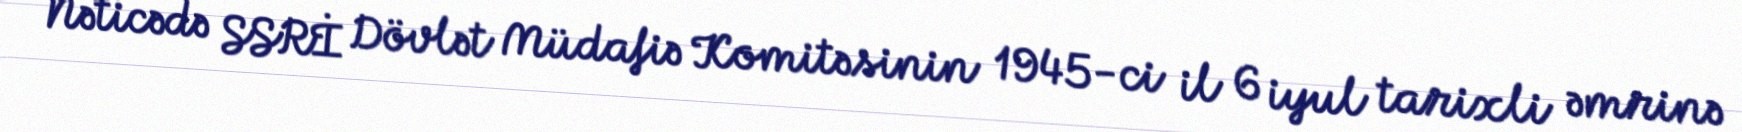
Nəticədə SSRİ Dövlət Müdafiə Komitəsinin 1945-ci il 6 iyul tarixli əmrinə